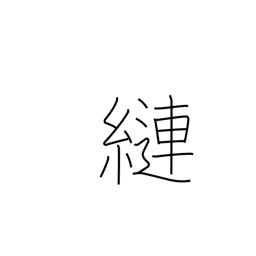
Meaning: tangle